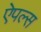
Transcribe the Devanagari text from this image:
ऐपल्स